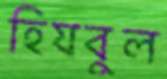
হিযবুল